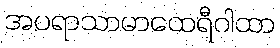
အပရာသာမာထေရီဂါထာ